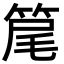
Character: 䇻